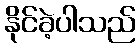
နိုင်ခဲ့ပါသည်